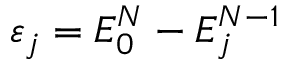
\varepsilon _ { j } = E _ { 0 } ^ { N } - E _ { j } ^ { N - 1 }